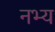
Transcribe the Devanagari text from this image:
नभ्य